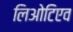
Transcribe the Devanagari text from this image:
लिओटिएव